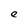
Character: e